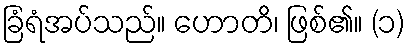
ခြံရံအပ်သည်။ ဟောတိ၊ ဖြစ်၏။ (၁)